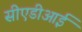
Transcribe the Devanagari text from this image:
सीएडीआई